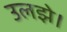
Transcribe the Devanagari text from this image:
उलझे।